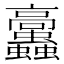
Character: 𩫲